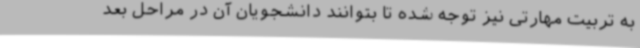
به تربیت مهارتی نیز توجه شده تا بتوانند دانشجویان آن در مراحل بعد